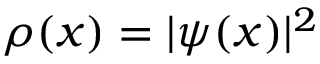
\rho ( x ) = | \psi ( x ) | ^ { 2 }